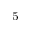
^ 5